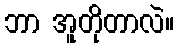
ဘာ အူတိုတာလဲ။